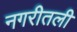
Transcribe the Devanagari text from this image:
नगरीतली